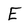
Character: E